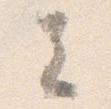
去